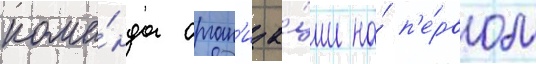
кома́нда орган'иза́ции на́ п'е́рвом